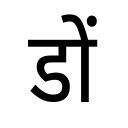
OCR:
डों